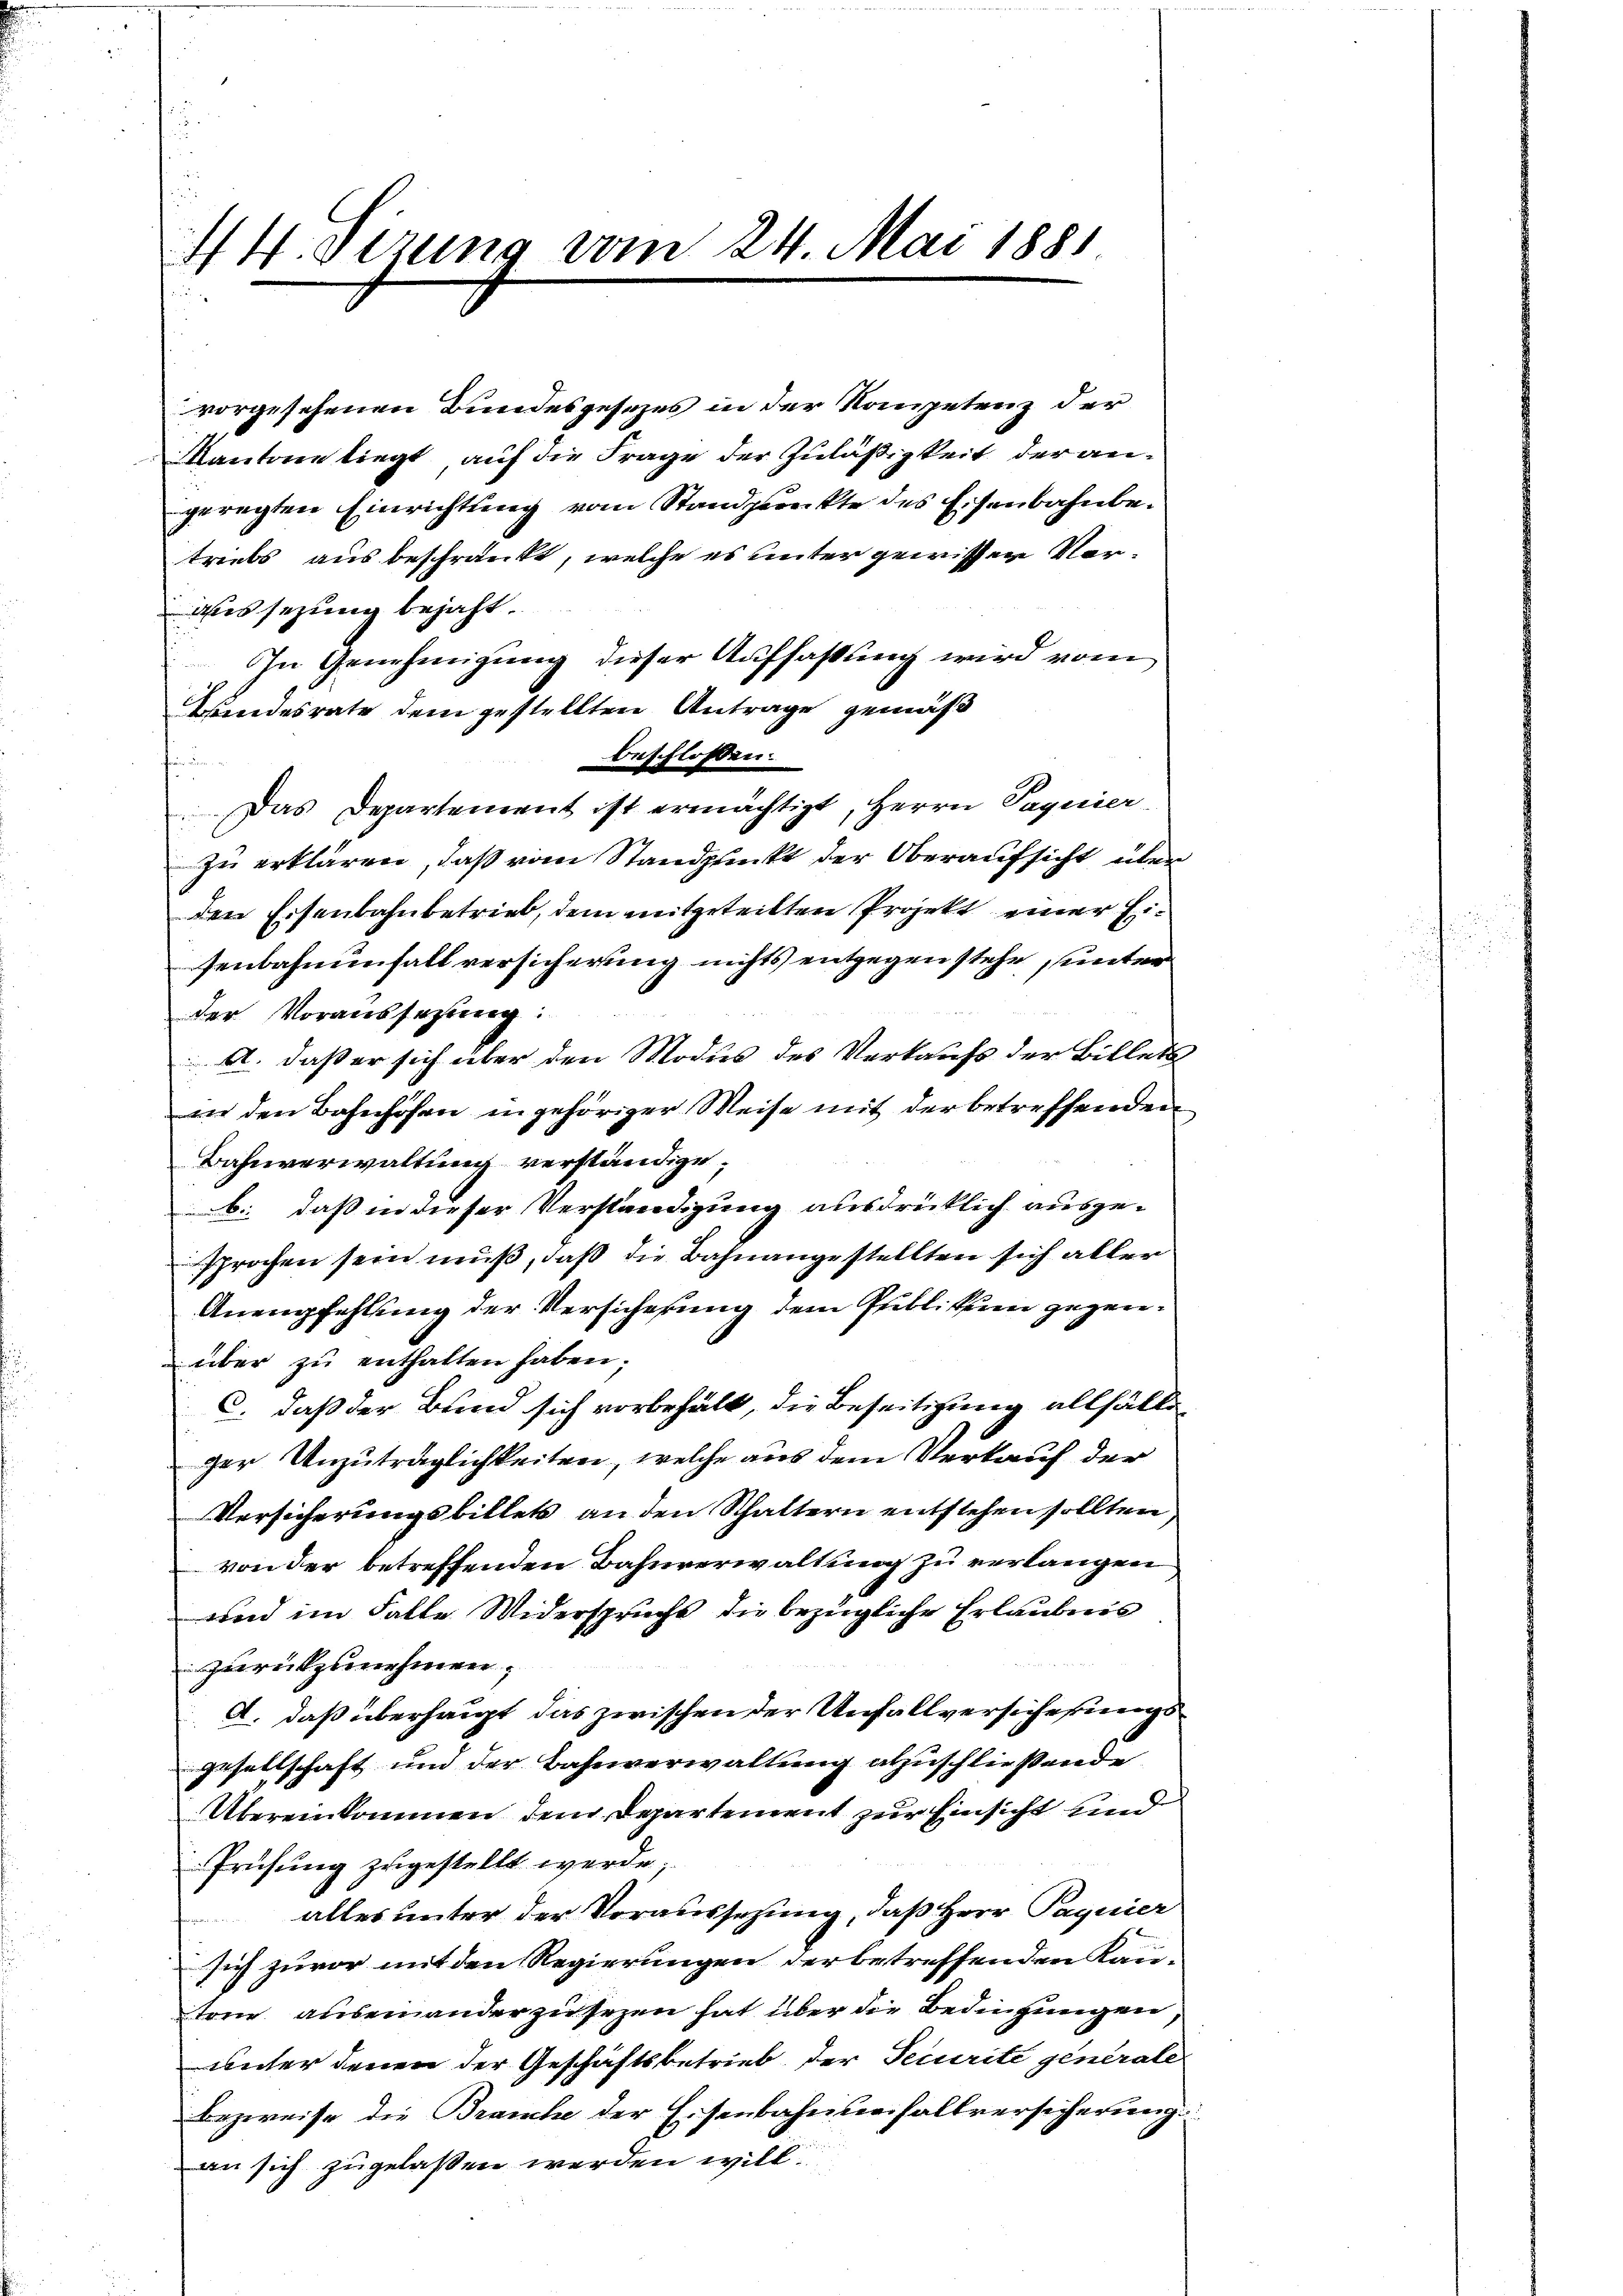
44. Strung vom 24. Mai 1881

triebs aus beschränkt, welche es unter gewisser Ver¬
Aussezung bejaht.
In Genehmigung dieser Auffassung wird vom
Bindesrate dem gestellten Antrage gemäß
beschloßen:
Das Departement ist ermächtigt, Herrn Taguier
zu erklären, daß vom Standpunkt der Oberaufsicht über
den Eisenbahnbetrieb, dem mitgeteilten Projekt einer Eisenbahnenfall versicherung nichts entgegen stehe unter
der Voraussetzung:
A. daß er sich über den Modus des Verkaufs der Billets
an den Bahnhöfen in gehöriger Weise mit der betreffenden
Bahnverwaltung verständige;
b. daß in dieser Verständigung ausdrücklich ausgesprochen sein muß, daß die Bahnangestellten sich aller
Anempfehlung der Versicherung dem Publikum gegenüber zŭ enthalten haben;
c. daß der Bund sich vorbehält, die Beseitigung allfällezer Unzuträglichkeiten, welche aus dem Verkauf der
Versicherungsbillets an den Schaltern entstehen sollten,
von der betreffenden Bahnverwaltung zu verlangen
und im Falle Widerspruche die bezügliche Erlaubnis
zurükzunehmen.
A. daß überhaupt das zwischen der Unfallversicherungsgesellschaft und der Bahnverwaltung abzuschließende
Übereinkommen dem Departement zur Einsicht und
Prüfung zugestellt werde;
alles unter der Voraussetzung, daß Herr Paguier
sich zuvor mit den Regierungen der betreffenden Kantone auseinander zu sezen hat über die Bedingungen,
unter denen der Geschäftsbetrieb. Der Securite generale
Bezweife die Brauche der Eisenbahnuerfallversicherung
an sich zugelassen werden will

vorgesehenen Bundesgesezes in der Kompetenz der
Kantone liegt auf die Frage der Zuläßigkeit der angeregten Einrichtung vom Standpunkte des Eisenbahnbe¬